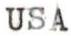
USA